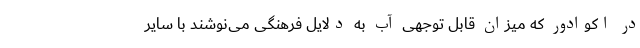
در اکوادور که میزان قابل توجهی آب به دلایل فرهنگی می‌نوشند با سایر